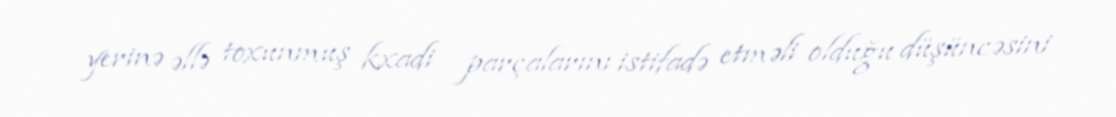
yerinə əllə toxunmuş kxadi parçalarını istifadə etməli olduğu düşüncəsini